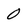
Character: 0